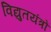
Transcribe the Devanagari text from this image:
विद्युतयंत्रों